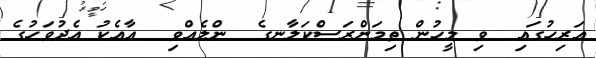
އަރިހުގައި  ވި މީހުން ތިމަންރަސްކަލާނގެ  ންލެއްވި  އާއެކު އެދުވަހުގެ